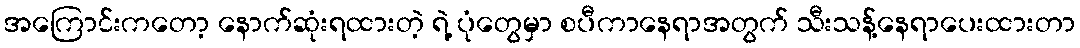
အကြောင်းကတော့ နောက်ဆုံးရထားတဲ့ ရဲ့ ပုံတွေမှာ စပီကာနေရာအတွက် သီးသန့်နေရာပေးထားတာ